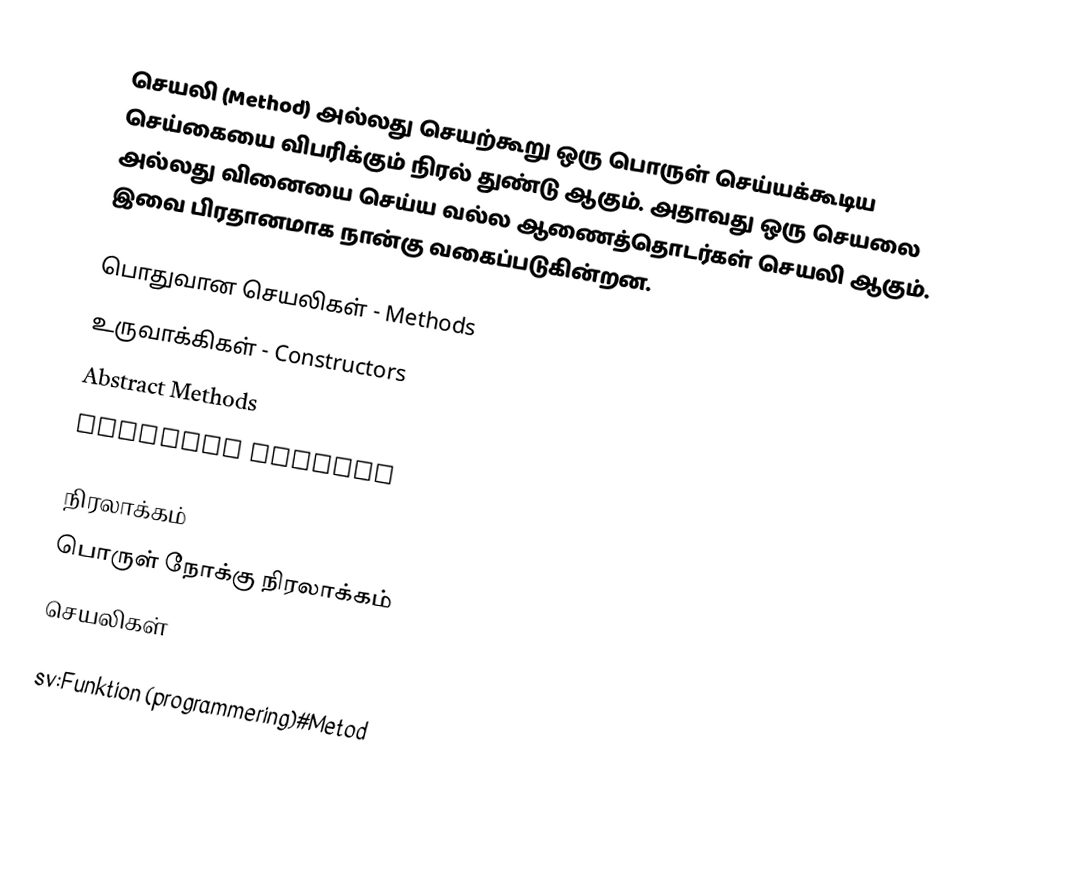
செயலி (Method) அல்லது செயற்கூறு ஒரு பொருள் செய்யக்கூடிய செய்கையை விபரிக்கும் நிரல் துண்டு ஆகும். அதாவது ஒரு செயலை அல்லது வினையை செய்ய வல்ல ஆணைத்தொடர்கள் செயலி ஆகும். இவை பிரதானமாக நான்கு வகைப்படுகின்றன.

 பொதுவான செயலிகள் - Methods
 உருவாக்கிகள் - Constructors
 Abstract Methods
 Accessor Methods

நிரலாக்கம்
பொருள் நோக்கு நிரலாக்கம்
செயலிகள்

sv:Funktion (programmering)#Metod